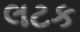
લટક